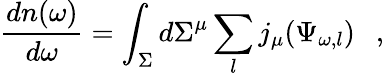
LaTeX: {\frac{dn(\omega)}{d\omega}}=\int_{\Sigma}d\Sigma^{\mu}\sum_{l}j_{\mu}(\Psi_{\omega,l})~~~,